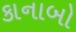
કાનાબો